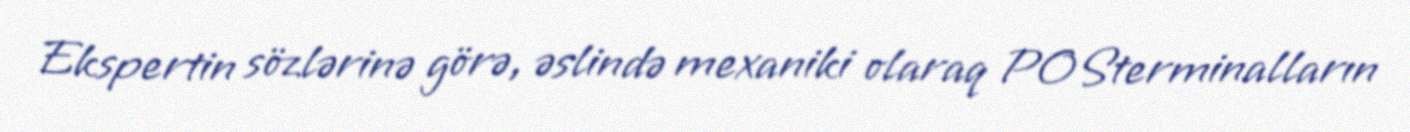
Ekspertin sözlərinə görə, əslində mexaniki olaraq POSterminalların